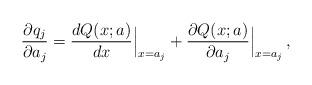
LaTeX: \begin{align*}{\partial q_j\over\partial a_j} = {dQ(x;a)\over dx}\Bigr\vert_{x=a_j}+ {\partial Q(x;a)\over \partial a_j}\Bigr\vert_{x=a_j}\, ,\end{align*}